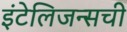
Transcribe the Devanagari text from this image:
इंटेलिजन्सची